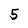
Character: 5